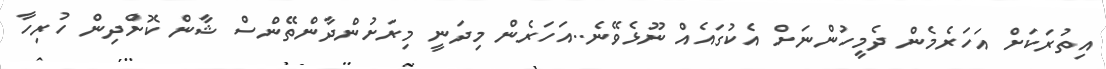
އިތުރަކަށް އަހަރެމެން ދެމީހުންނަށް އެކުގައެއް ނޫޅެވޭނެ..އަހަރެން މިދަނީ މިރަށުންދާންތޭންސް ޝާން ކޮށްދިން ހުރިހާ